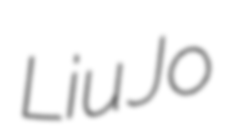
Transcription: Liu Jo